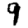
Digit: 9